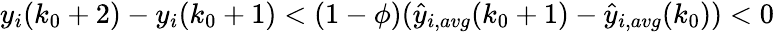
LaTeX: y_{i}(k_{0}+2)-y_{i}(k_{0}+1)<(1-\phi)(\hat{y}_{i,avg}(k_{0}+1)-\hat{y}_{i,avg}(k_{0}))<0